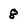
Character: 8